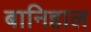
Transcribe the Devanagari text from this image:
बानिहाल